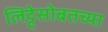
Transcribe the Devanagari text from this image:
लिट्टेसोबतच्या